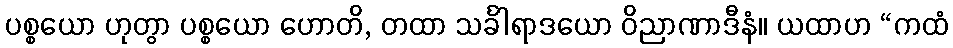
ပစ္စယော ဟုတွာ ပစ္စယော ဟောတိ, တထာ သင်္ခါရာဒယော ဝိညာဏာဒီနံ။ ယထာဟ “ကထံ